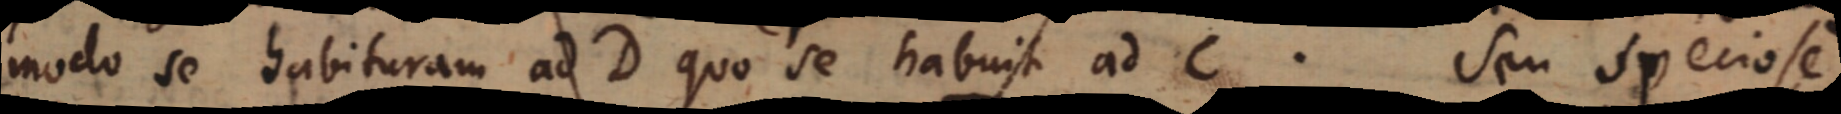
modo se habituram ad D quo se habuit ad C. Seu speciose